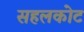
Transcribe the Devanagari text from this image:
सहलकोट